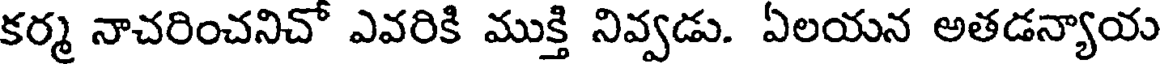
కర్మ నాచరించనిచో ఎవరికి ముక్తి నివ్వడు. ఏలయన అతడన్యాయ